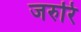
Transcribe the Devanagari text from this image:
जरुरि